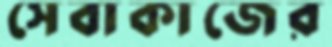
সেবাকাজের